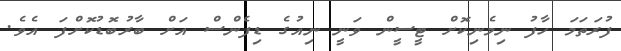
ފުރަތަމަ ހާފު ނިމެނިކޮށް ޓީސީން ވަނީ ނިއުގެ ޑިފެންސް އަށް ބާރުބޮޑުކޮށްފަ އެވެ.